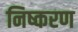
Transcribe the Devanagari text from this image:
निष्करण